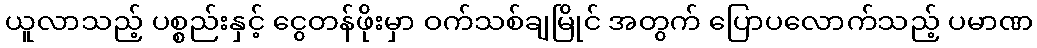
ယူလာသည့် ပစ္စည်းနှင့် ငွေတန်ဖိုးမှာ ဝက်သစ်ချမြိုင် အတွက် ပြောပလောက်သည့် ပမာဏ